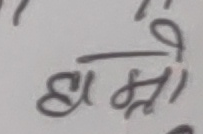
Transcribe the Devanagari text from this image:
हाम्रो